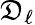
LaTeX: \mathfrak{D}_{\ell}